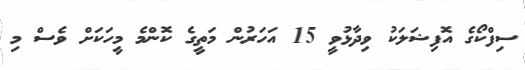
ސިފްކޯގެ އޮފިޝަލަކު ވިދާޅުވީ 15 އަހަރުން މަތީގެ ކޮންމެ މީހަކަށް ވެސް މި